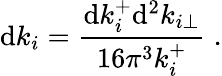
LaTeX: \mathrm{d}k_{i}={\frac{{\mathrm{d}k_{i}^{+}\mathrm{d}^{2}k_{i\perp}}}{{16\pi^{3}k_{i}^{+}}}}\; .